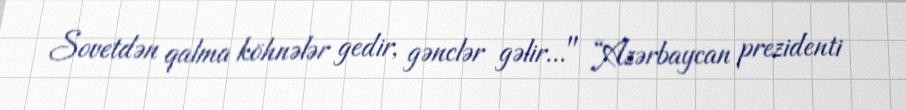
Sovetdən qalma köhnələr gedir, gənclər gəlir..." “Azərbaycan prezidenti